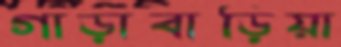
গাড়াবাড়িয়া